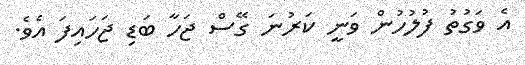
އެ ވަގުތު ފުލުހުން ވަނީ ކަރުނަ ގޭސް ޖަހާ ބަޑި ޖަހައިފަ އެވެ.